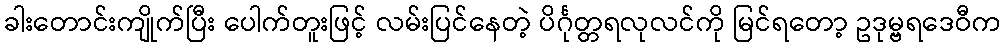
ခါးတောင်းကျိုက်ပြီး ပေါက်တူးဖြင့် လမ်းပြင်နေတဲ့ ပိင်္ဂုတ္တရလုလင်ကို မြင်ရတော့ ဥဒုမ္ဗရဒေဝီက